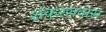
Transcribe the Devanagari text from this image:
शंकररावास